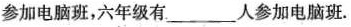
参加电脑班，六年级有___人参加电脑班.